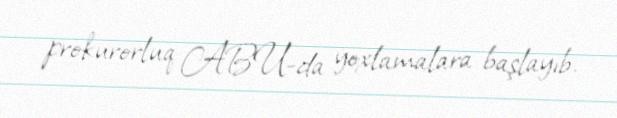
prokurorluq ABU-da yoxlamalara başlayıb.